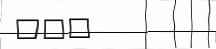
١٣٥